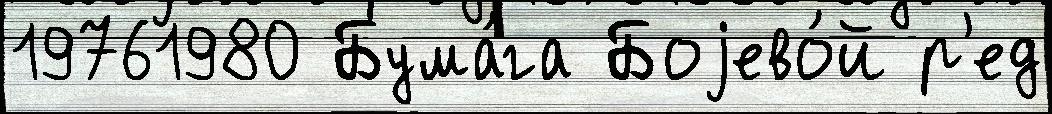
19761980 Бума́га Боjево́й р'ед